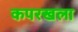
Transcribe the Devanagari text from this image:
कपरखला